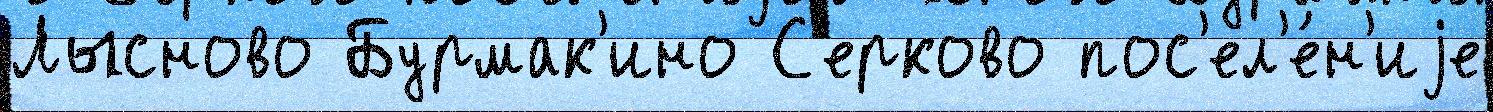
Лысново Бурмак'ино С'ерково пос'ел'е́н'иjе